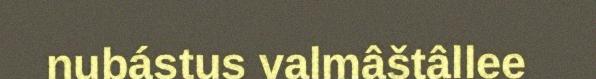
nubástus valmâštâllee